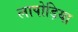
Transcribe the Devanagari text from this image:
लापोड़िया